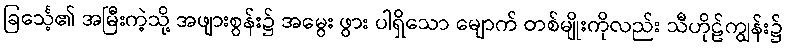
ခြင်္သေ့၏ အမြီးကဲ့သို့ အဖျားစွန်း၌ အမွေး ဖွား ပါရှိသော မျောက် တစ်မျိုးကိုလည်း သီဟိုဠ်ကျွန်း၌